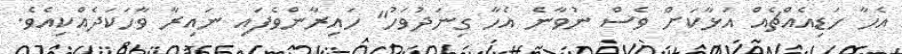
އެހާ ހަޑިއެއްޗެއް އަޅާކަށް ވެސް ނުވާނެ އެހާ ގިނަދުވަހު" ހައިރާންވެފައި ނައިރާ ވާހަކަދެއްކިއެވެ.